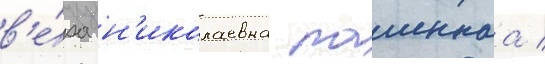
в'е́ра н'иколаевна пашеннаа /